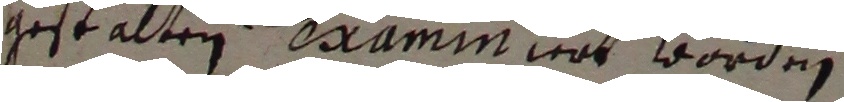
gestalten examiniert worden.